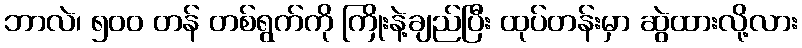
ဘာလဲ၊ ၅၀၀ တန် တစ်ရွက်ကို ကြိုးနဲ့ချည်ပြီး ထုပ်တန်းမှာ ဆွဲထားလို့လား